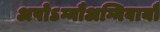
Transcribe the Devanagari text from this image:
अपोऽग्नौअग्निवायौ